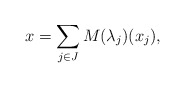
\begin{align*}x= \sum_{j \in J} M(\lambda_j)( x_j) ,\end{align*}